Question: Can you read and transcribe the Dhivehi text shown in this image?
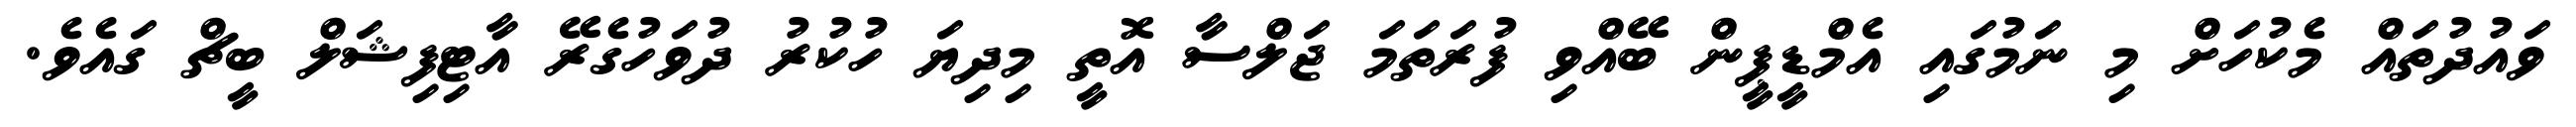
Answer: ވައުދުތައް މެކުހަށް މި ނަމުގައި އެމްޑީޕީން ބޭއްވި ފުރަތަމަ ޖަލްސާ އޮތީ މިދިޔަ ހުކުރު ދުވަހުގެރޭ އާޓިފިޝަލް ބީޗް ގައެވެ.